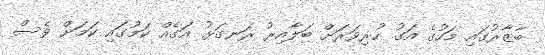
ބާޒާރުގައި މަހުގެ އަގު ހުރިވަރަށް ބަލާއިރު ރަނގަޅު އަގެއް ކަމުގައި ކަމަށް ވެސް